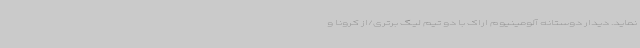
نماید. دیدار دوستانه آلومینیوم اراک با دو تیم لیگ برتری/از کرونا و